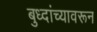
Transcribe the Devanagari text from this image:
बुध्दांच्यावरून